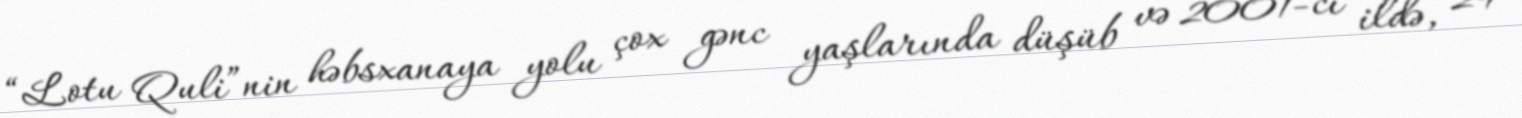
“Lotu Quli”nin həbsxanaya yolu çox gənc yaşlarında düşüb və 2001-ci ildə, 29